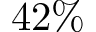
4 2 \%